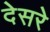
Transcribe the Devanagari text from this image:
देसरे